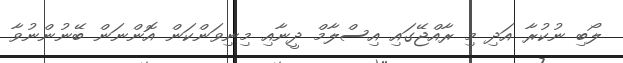
ލޯބި ނުކުރާ އަދި މި ރާއްޖޭގައި އިސްލާމް ދީނާއި މިނިވަންކަން އޮންނަން ބޭނުންނުވާ